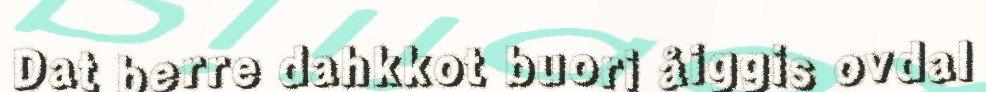
Dat berre dahkkot buori åiggis ovdal